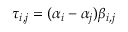
\tau _ { i , j } = ( \alpha _ { i } - \alpha _ { j } ) \beta _ { i , j }